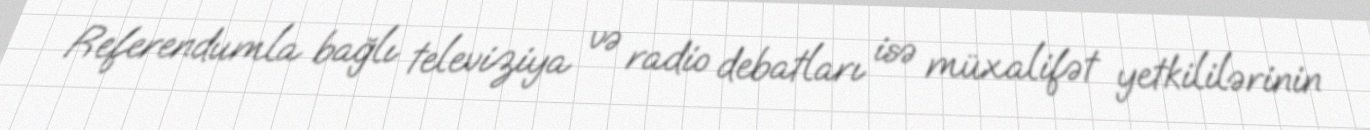
Referendumla bağlı televiziya və radio debatları isə müxalifət yetkililərinin